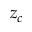
z _ { c }